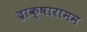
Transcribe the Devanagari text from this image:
द्राक्षारामम